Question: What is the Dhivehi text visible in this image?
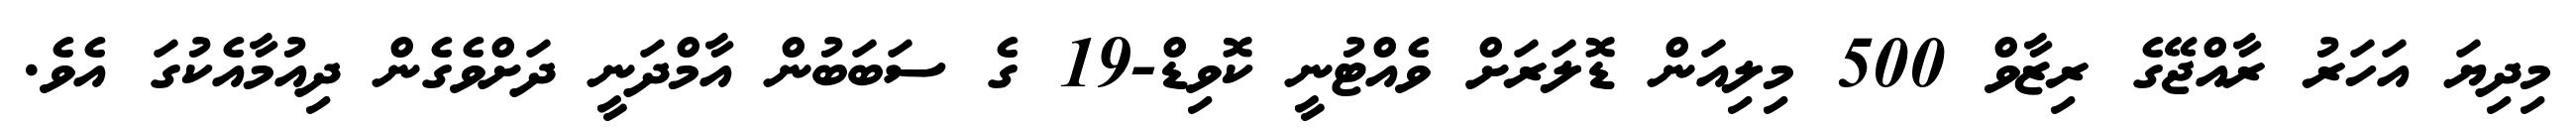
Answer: މިދިޔަ އަހަރު ރާއްޖޭގެ ރިޒާވް 500 މިލިއަން ޑޮލަރަށް ވެއްޓުނީ ކޮވިޑް-19 ގެ ސަބަބުން އާމްދަނީ ދަށްވެގެން ދިއުމާއެކުގަ އެވެ.